Source: Computer-generated
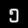
Digit: ၅ (5)